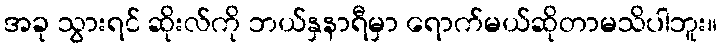
အခု သွားရင် ဆိုးလ်ကို ဘယ်နှနာရီမှာ ရောက်မယ်ဆိုတာမသိပါဘူး။